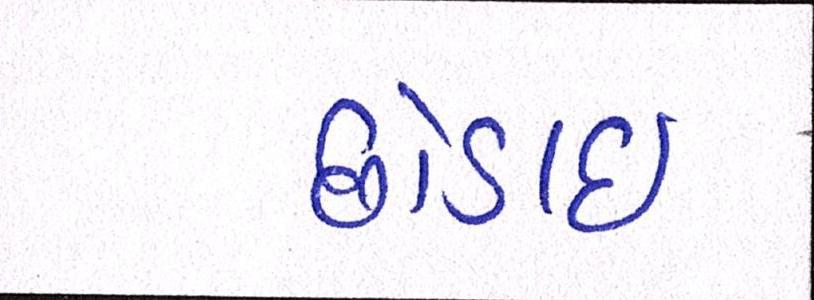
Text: છોડાઈ